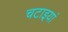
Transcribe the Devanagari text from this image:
चटाइयां